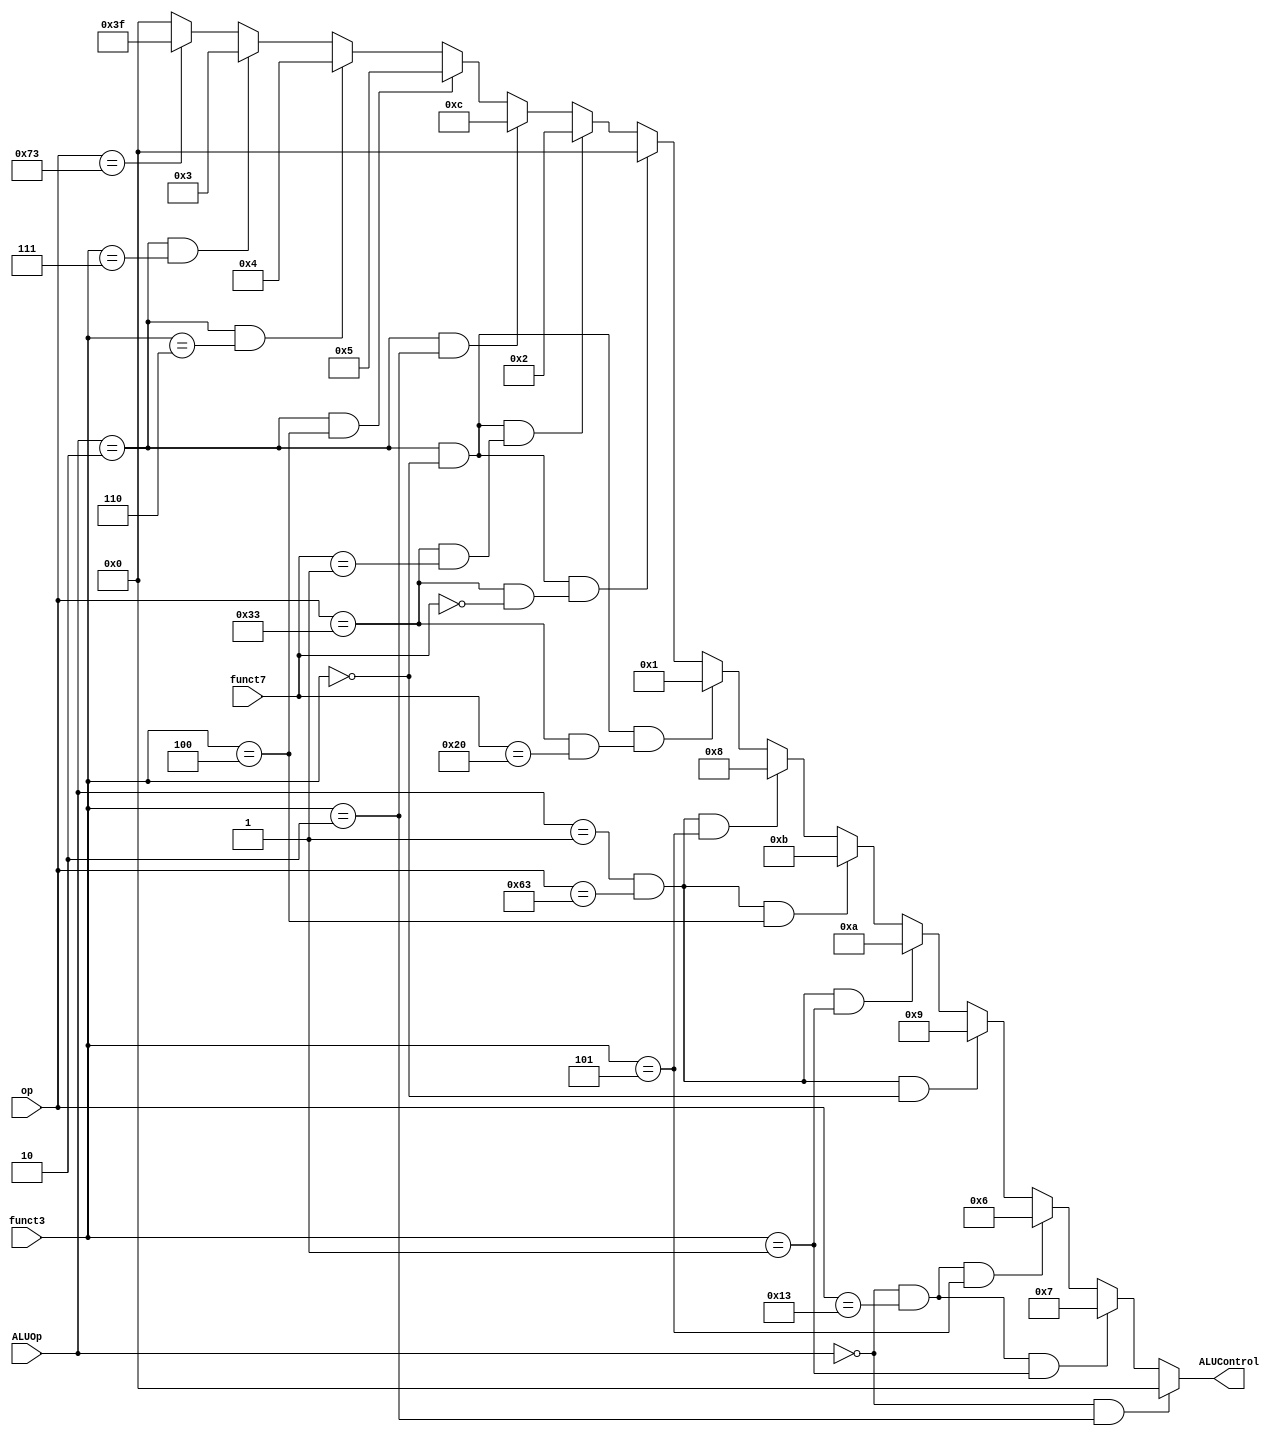
`timescale 1ns / 1ps
//////////////////////////////////////////////////////////////////////////////////
// Company: 
// Engineer: 
// 
// Design Name: 
// Module Name: ALU_Decoder
// Project Name: 
// Target Devices: 
// Tool Versions: 
// Description: 
// 
// Dependencies: 
// 
// Revision:
// Revision 0.01 - File Created
// Additional Comments:
// 
//////////////////////////////////////////////////////////////////////////////////



module ALU_Decoder(ALUOp,funct3,funct7,op,ALUControl);

    input [1:0]ALUOp;
    input [2:0]funct3;
    input [6:0]funct7,op;
    
    output [5:0]ALUControl;
     // I-Type Basic Instructions => SLLI, SRLI, SRAI, ADDI, LI ETC => OP => 0010011
        // parameter I_ADDI_op = 7'b0010011;   //ADDI  => OP => 0010011 => I-TYPE
        parameter I_op_basic = 7'b0010011;   //ADDI  => OP => 0010011 => I-TYPE
          
                                                   
        // R-type Instructions: => ADD, SUB, AND, OR, XOR, SLL, SRL, SLT => SAME OPCODE => 0110011
        parameter R_op_basic = 7'b0110011;  
                                        
       
       //B-TYPE INSTRUCTIONS
        parameter B_op_basic = 7'b1100011;  //BEQ = BNE = BLT = BGE => OP => 1100011 SAME OP CODE
                
        //Ecall, Ebreak, END
        parameter ECALL = 7'b1110011;
    

    // Method 2
  assign ALUControl = ((ALUOp == 2'b00) & (funct3 == 3'b010) ) ? 6'b000000 :    //lw, sw
                      ((ALUOp == 2'b00) & ( op == I_op_basic ) & (funct3 == 3'b001) ) ? 6'b000111 :    //SLLI
                      ((ALUOp == 2'b00) & ( op == I_op_basic ) & (funct3 == 3'b101) ) ? 6'b000110 :    //SRLI
                      ((ALUOp == 2'b01) & ( op == B_op_basic ) & (funct3 == 3'b000) ) ? 6'b001001 :   // beq, branch if equal
                      ((ALUOp == 2'b01) & ( op == B_op_basic ) & (funct3 == 3'b001) ) ? 6'b001010 :   // bne, branch if equal
                      ((ALUOp == 2'b01) & ( op == B_op_basic ) & (funct3 == 3'b100) ) ? 6'b001011 :   // blt, branch if equal
                      ((ALUOp == 2'b01) & ( op == B_op_basic ) & (funct3 == 3'b101) ) ? 6'b001000 :   // bge, branch if equal
                      ((ALUOp == 2'b10) & (funct3 == 3'b000) & ( op == R_op_basic & funct7 == 7'b0100000 )) ? 6'b000001 : //arithmetic subtraction 
                      ((ALUOp == 2'b10) & (funct3 == 3'b000) & ( op == R_op_basic & funct7 == 7'b0000000 )) ? 6'b000000 : //arithmetic addition
                      ((ALUOp == 2'b10) & (funct3 == 3'b000) & ( op == R_op_basic & funct7 == 7'b0000001 )) ? 6'b000010 : //arithmetic signed Multiplication
                      ((ALUOp == 2'b10) & (funct3 == 3'b010)) ? 6'b001100 : //slt 
                      ((ALUOp == 2'b10) & (funct3 == 3'b100)) ? 6'b000101 : //xor
                      ((ALUOp == 2'b10) & (funct3 == 3'b110)) ? 6'b000100 : //or
                      ((ALUOp == 2'b10) & (funct3 == 3'b111)) ? 6'b000011 : //and
                      (op == ECALL )    ? 6'b111111 : //ECALL, EBREAK, END
                                          6'b000000 ; //lw,sw
    


endmodule